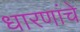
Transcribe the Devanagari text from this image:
धारणांचे